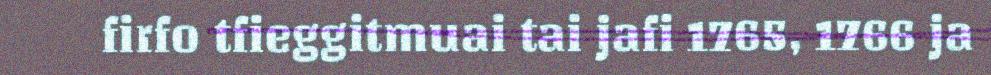
firfo tfieggitmuai tai jafi 1765, 1766 ja